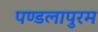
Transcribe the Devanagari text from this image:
पण्डलापुरम